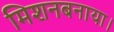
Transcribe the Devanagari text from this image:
मिशनबनाया।